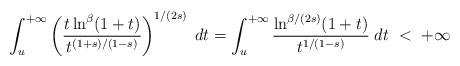
LaTeX: \begin{align*}\int_u^{+\infty}\left(\frac{t\ln^\beta(1+t)}{t^{(1+s)/(1-s)}}\right)^{1/(2s)}\;dt=\int_u^{+\infty}\frac{\ln^{\beta/(2s)}(1+t)}{t^{1/(1-s)}}\;dt\ <\ +\infty\end{align*}